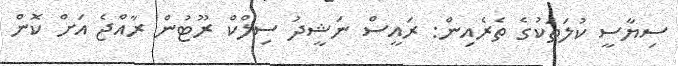
ސިޔާސީ ކުލަތަކުގެ ތެރެއިން: ރައީސް ނަޝީދު ސިލްކް ރޫޓުން ރާއްޖެ އަށް ކޮން